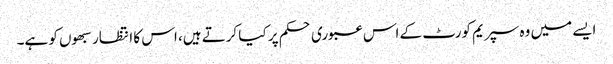
ایسے میں وہ سپریم کورٹ کے اس عبوری حکم پر کیا کرتے ہیں، اس کا انتظار سبھوں کو ہے۔